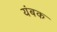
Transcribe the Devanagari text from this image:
यंबक